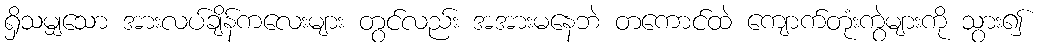
ရှိသမျှသော အားလပ်ချိန်ကလေးများ တွင်လည်း အအားမနေဘဲ တကောင်ထဲ ကျောက်တုံးကွဲများကို သွား၍